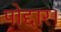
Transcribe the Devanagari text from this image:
पोद्दार।